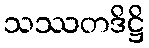
သဿတဒိဋ္ဌိ